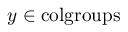
y \in { \mathrm { c o l g r o u p s } }